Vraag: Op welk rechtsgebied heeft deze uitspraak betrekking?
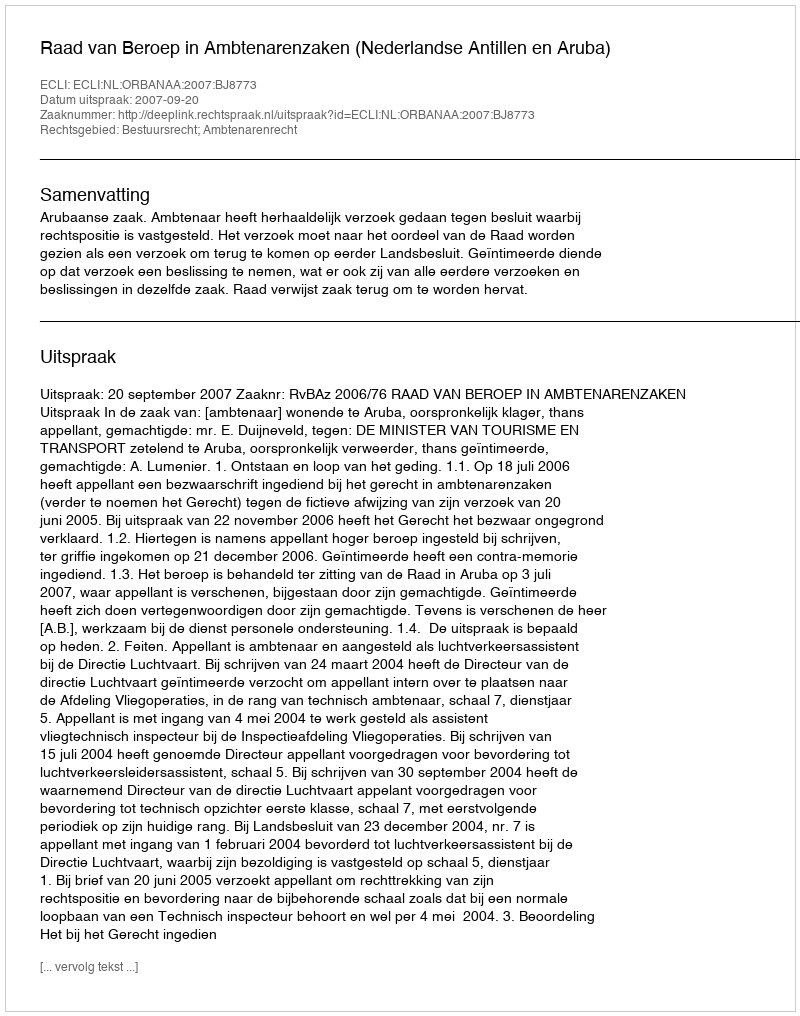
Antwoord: Bestuursrecht; Ambtenarenrecht